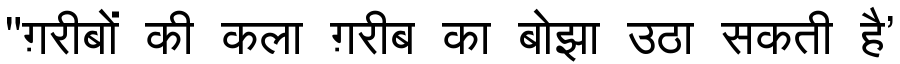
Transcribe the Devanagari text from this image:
"ग़रीबों की कला ग़रीब का बोझा उठा सकती है'